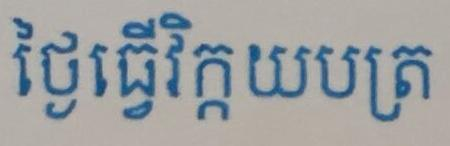
ថ្ងៃធ្វើវិក្កយបត្រ